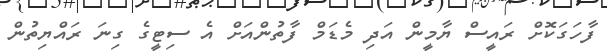
ފާހަގަކޮށް ރައީސް ޔާމީން އަދި މެޑަމް ފާތުންއަށް އެ ސިޓީގެ ގިނަ ރައްޔިތުން